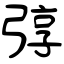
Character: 弴